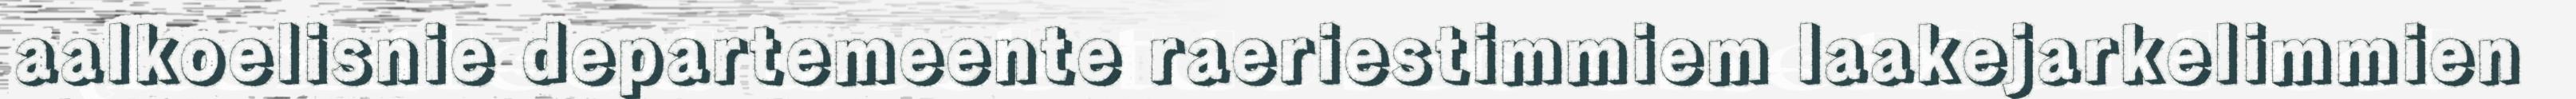
aalkoelisnie departemeente raeriestimmiem laakejarkelimmien